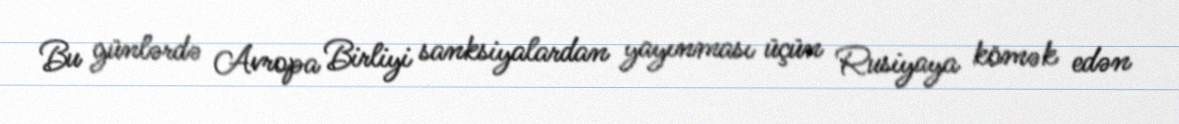
Bu günlərdə Avropa Birliyi sanksiyalardan yayınması üçün Rusiyaya kömək edən